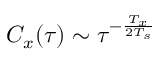
C _ { x } ( \tau ) \sim \tau ^ { - \frac { T _ { x } } { 2 T _ { s } } }